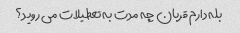
بله دارم قربان چه مدت به تعطیلات می روید؟